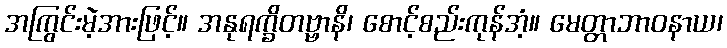
အကြွင်းမဲ့အားဖြင့်။ အနုရက္ခိတဗ္ဗာနိ၊ စောင့်စည်းကုန်အံ့။ မေတ္တာဘာဝနာယ၊